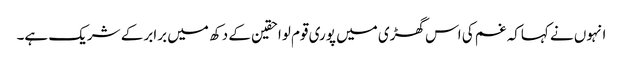
انہوں نے کہاکہ غم کی اس گھڑی میں پوری قوم لواحقین کے دکھ میں برابر کے شریک ہے۔